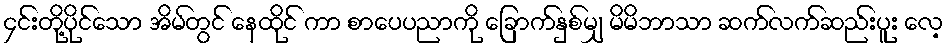
၄င်းတို့ပိုင်သော အိမ်တွင် နေထိုင် ကာ စာပေပညာကို ခြောက်နှစ်မျှ မိမိဘာသာ ဆက်လက်ဆည်းပူး လေ့